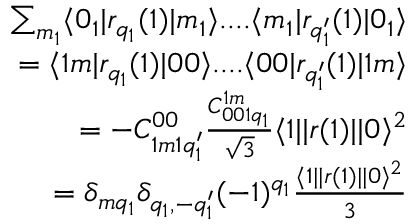
\begin{array} { r } { \sum _ { m _ { 1 } } \langle 0 _ { 1 } | r _ { q _ { 1 } } ( 1 ) | m _ { 1 } \rangle . . . . \langle m _ { 1 } | r _ { q _ { 1 } ^ { \prime } } ( 1 ) | 0 _ { 1 } \rangle } \\ { = \langle 1 m | r _ { q _ { 1 } } ( 1 ) | 0 0 \rangle . . . . \langle 0 0 | r _ { q _ { 1 } ^ { \prime } } ( 1 ) | 1 m \rangle } \\ { = - C _ { 1 m 1 q _ { 1 } ^ { \prime } } ^ { 0 0 } \frac { C _ { 0 0 1 q _ { 1 } } ^ { 1 m } } { \sqrt { 3 } } \langle 1 | | r ( 1 ) | | 0 \rangle ^ { 2 } } \\ { = \delta _ { m q _ { 1 } } \delta _ { q _ { 1 } , - q _ { 1 } ^ { \prime } } ( - 1 ) ^ { q _ { 1 } } \frac { \langle 1 | | r ( 1 ) | | 0 \rangle ^ { 2 } } { 3 } } \end{array}